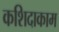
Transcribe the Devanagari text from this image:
कशिदाकाम